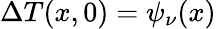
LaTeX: \Delta{T}(x,0)=\psi_{\nu}(x)